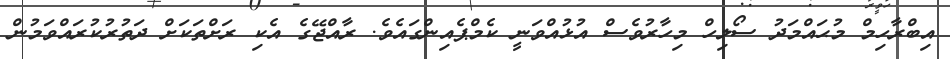
އިބްރާހިމް މުޙައްމަދު ސޯލިހް މިހާރުވެސް އުޅުއްވަނީ ކެމްޕެއިންގައެވެ. ރާއްޖޭގެ އެކި ރަށްތަކަށް ދަތުރުކުރައްވަމުން